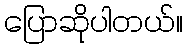
ပြောဆိုပါတယ်။